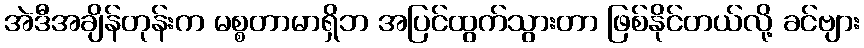
အဲဒီအချိန်တုန်းက မစ္စတာမာရှိဘ အပြင်ထွက်သွားတာ ဖြစ်နိုင်တယ်လို့ ခင်ဗျား